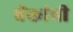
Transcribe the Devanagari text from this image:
बॅकांची